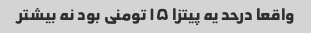
واقعا درحد یه پیتزا ۱۵ تومنی بود نه بیشتر